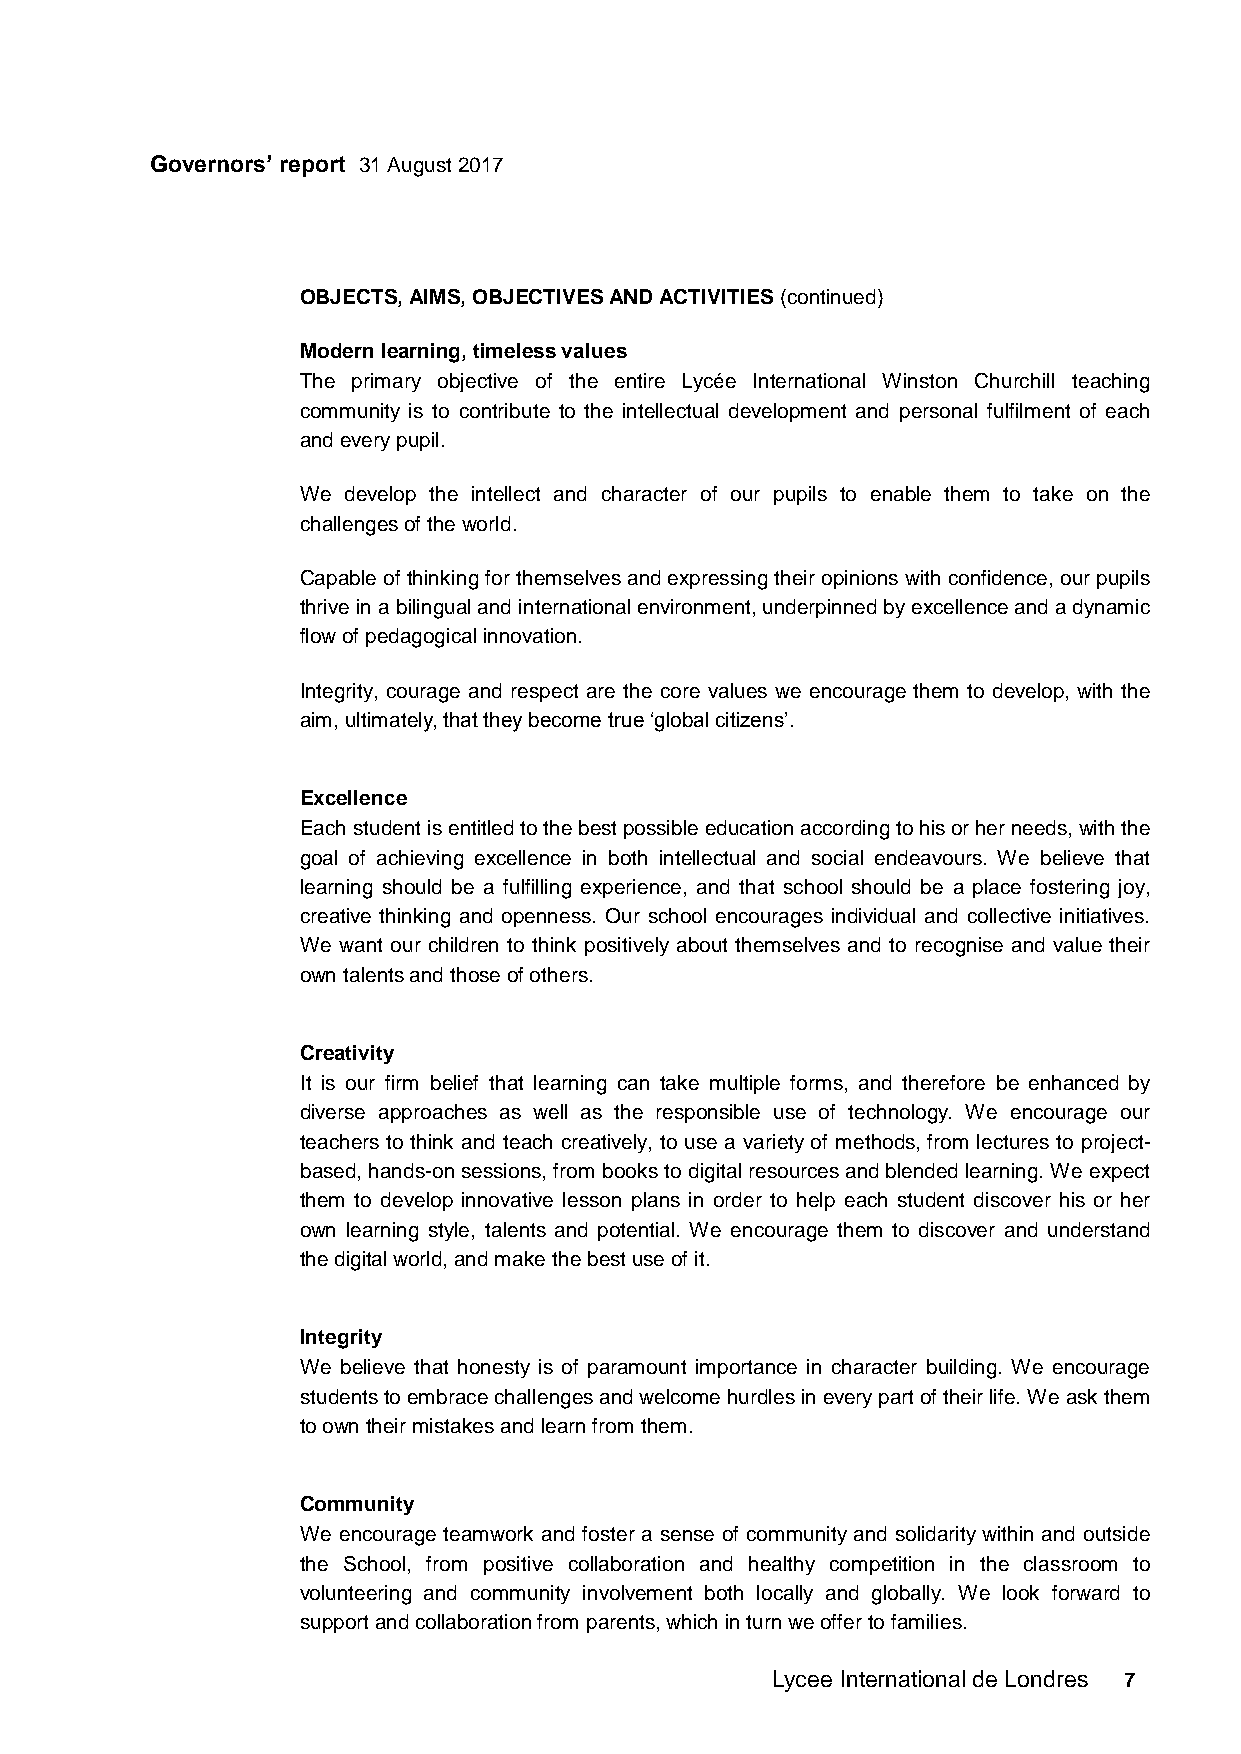
Governors’ report 31 August 2017
 OBJECTS, AIMS, OBJECTIVES AND ACTIVITIES (continued)
 Modern learning, timeless values
 The primary objective of the entire Lycée International Winston Churchill teaching
 community is to contribute to the intellectual development and personal fulfilment of each
 and every pupil.
 We develop the intellect and character of our pupils to enable them to take on the
 challenges of the world.
 Capable of thinking for themselves and expressing their opinions with confidence, our pupils
 thrive in a bilingual and international environment, underpinned by excellence and a dynamic
 flow of pedagogical innovation.
 Integrity, courage and respect are the core values we encourage them to develop, with the
 aim, ultimately, that they become true ‘global citizens’.
 Excellence
 Each student is entitled to the best possible education according to his or her needs, with the
 goal of achieving excellence in both intellectual and social endeavours. We believe that
 learning should be a fulfilling experience, and that school should be a place fostering joy,
 creative thinking and openness. Our school encourages individual and collective initiatives.
 We want our children to think positively about themselves and to recognise and value their
 own talents and those of others.
 Creativity
 It is our firm belief that learning can take multiple forms, and therefore be enhanced by
 diverse approaches as well as the responsible use of technology. We encourage our
 teachers to think and teach creatively, to use a variety of methods, from lectures to project-
 based, hands-on sessions, from books to digital resources and blended learning. We expect
 them to develop innovative lesson plans in order to help each student discover his or her
 own learning style, talents and potential. We encourage them to discover and understand
 the digital world, and make the best use of it.
 Integrity
 We believe that honesty is of paramount importance in character building. We encourage
 students to embrace challenges and welcome hurdles in every part of their life. We ask them
 to own their mistakes and learn from them.
 Community
 We encourage teamwork and foster a sense of community and solidarity within and outside
 the School, from positive collaboration and healthy competition in the classroom to
 volunteering and community involvement both locally and globally. We look forward to
 support and collaboration from parents, which in turn we offer to families.
 Lycee International de Londres 7